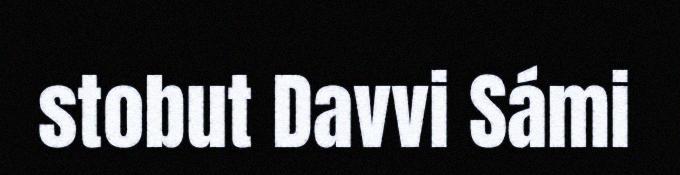
stobut Davvi Sámi